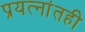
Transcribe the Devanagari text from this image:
प्रयत्‍नांतही